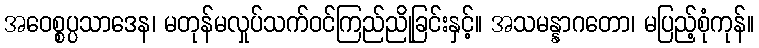
အဝေစ္စပ္ပသာဒေန၊ မတုန်မလှုပ်သက်ဝင်ကြည်ညိုခြင်းနှင့်။ အသမန္နာဂတော၊ မပြည့်စုံကုန်။